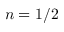
n = 1 / 2